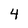
Character: 4